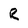
Character: R